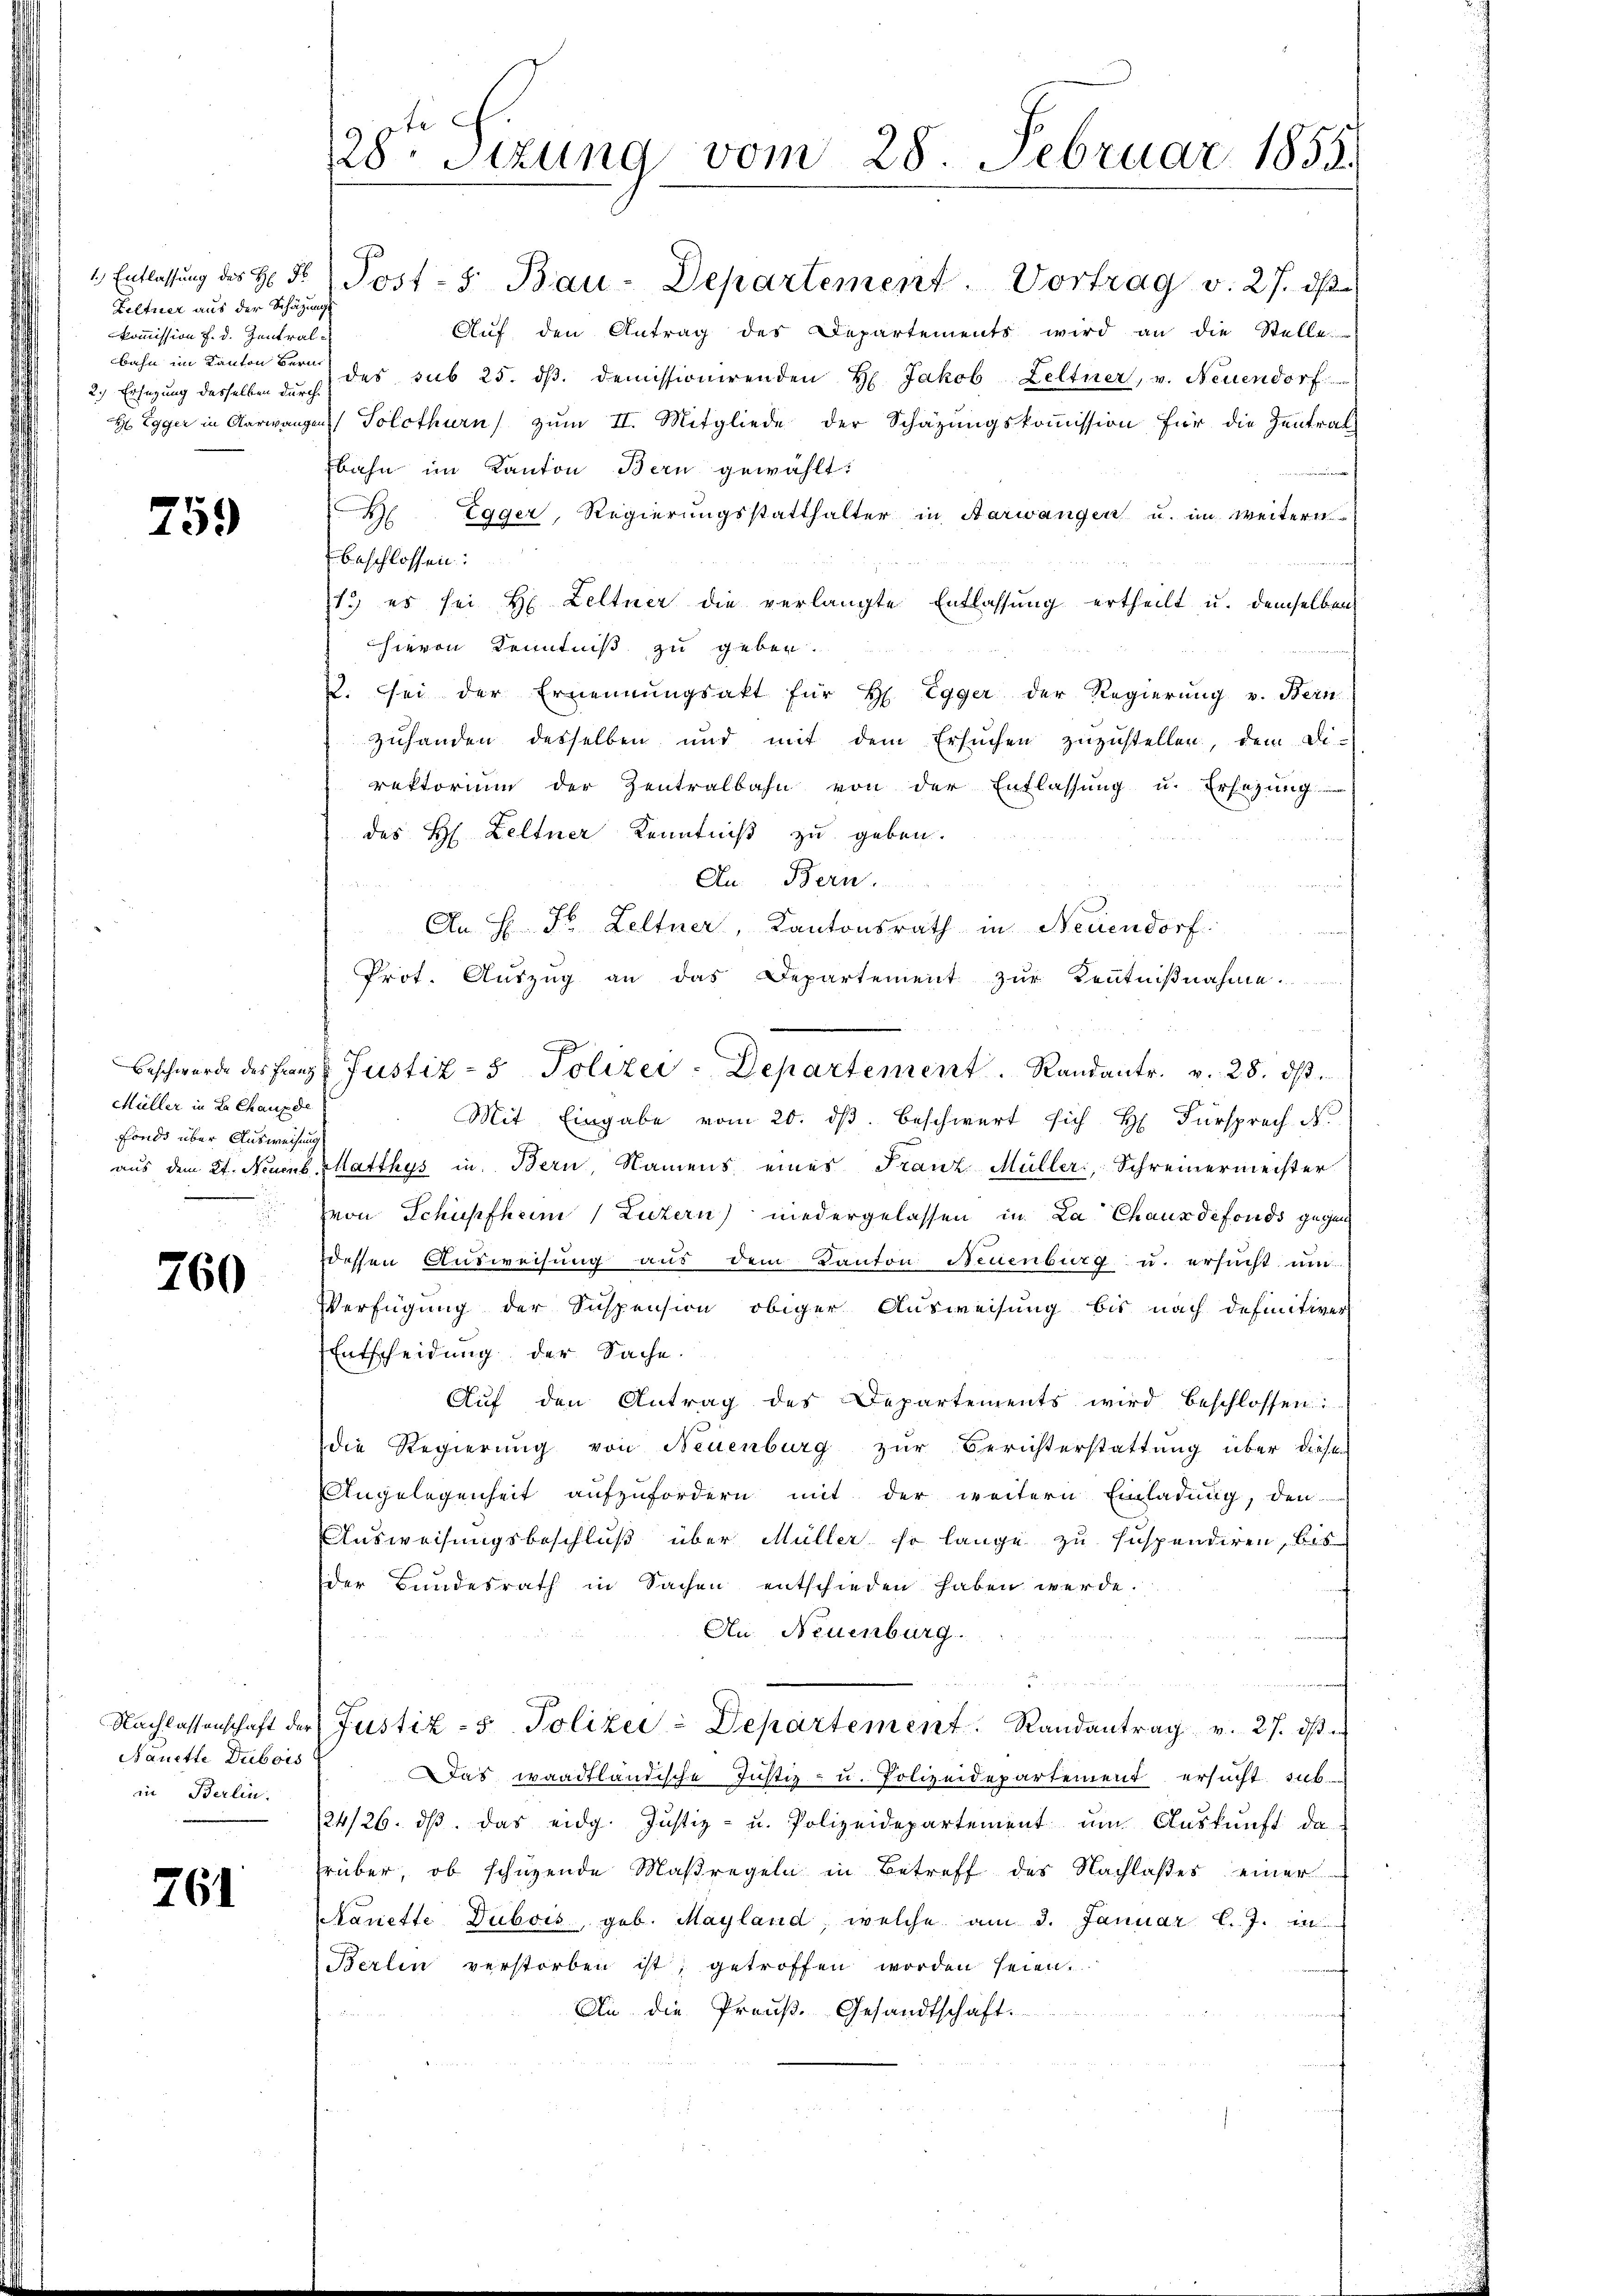
Zeltner aus der Schäzungs
kommission f. d. Zentral-
2.) Erfügung desselben durch

759

Müller in La Chaux de
Fonds über Ausweisung

760

Nanette Dubois
in Berlin.

761

28. Sitzung vom 28. Februar 1855.

Aŭf den Antrag des Departements wird an die Stelle
bahn im Kanton der des sub 25. dβ. demissionirenden H. Jakob Leltner, v. Neuendorf
H Egger in Aarwangen Solothurn zŭm II. Mitgliede der Schäzŭngskoṁission für die Zentrat
bahn im Kanton Bern gewählt:
B Egger, Regierungsstatthalter in Aarwangen u. im weitern
beschlossen:
1) es sei H. Leltner die verlangte Entlassung ertheilt u. demselben
hievon Kenntniß zu geben.
2. Sei der Ernennungsakt für H. Egger der Regierŭng v. Bern
zuhanden desselben und mit dem Ersuchen zŭzŭstellen, dem Di-
rektorium der Zentralbahn von der Entlassung u. Ersezung
des H. Zeltner Kenntniß zu geben.
n
An Bern.
An H. St. Leltner, Kantonsrath in Neuendorf
Prot. Aŭszŭg an das Departement zur Kenntnißnahme.
Mit Eingabe vom 20. ds. beschwert sich H. Fürsprech N
aus dem 2t. Neuenb. Matthys in Bern Namens eines Franz Müller, Schreinermeister
von Schüpfheim (Luzern niedergelassen in La Chauxdefonds gegen
dessen Ausweisung aus dem Kanton Neuenburg u. ersucht um
Verfügung der Suspension obiger Ausweisung bis nach definitiver
Entscheidung der Sache.
Auf den Antrag des Departements wird beschlossen:
die Regierung von Neuenburg zur Berichterstattung über dieser
Angelegenheit aufzufordern mit der weitern Einladung, den
Ausweisungsbeschluß über Müller so lange zu suspendiren, bis
der Bundesrath in Sachen entschieden haben werde.
An Neuenburg.
Nachlassenschaft der Justiz- & Polizei-Departement Randantrag v. 27. dβ
Das waadtländische Justiz- u. Polizeidepartement ersucht sub¬
24/26. dβ. das eidg. Justiz- u. Polizeidepartement um Auskunft da
früber, ob schüzende Maßregeln in Betreff des Nachlaßes einer
Kanette Dubois, geb. Mayland, welche am 3. Januar l. J. in
Berlin verstorben ist, getroffen worden seien.
An die Preuß. Gesandtschaft.

1) Entlassung des H. Fr. Post- u. Bau-Departement. Vortrag v. 27. ds.

Beschwerde des Franz. Justiz- & Polizei - Departement.   Randantr. v. 28. ds.